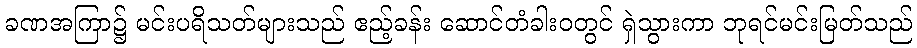
ခဏအကြာ၌ မင်းပရိသတ်များသည် ဧည့်ခန်း ဆောင်တံခါးဝတွင် ရှဲသွားကာ ဘုရင်မင်းမြတ်သည်